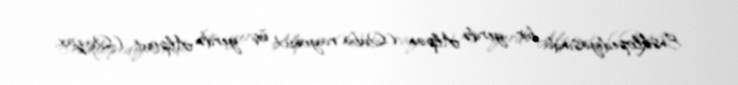
Ensiklopediyasında bir yerdə Alpan (Quba rayonu), üç yerdə Alpout (Qazax,